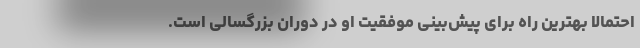
احتمالا بهترین راه برای پیش‌بینی موفقیت او در دوران بزرگسالی است.